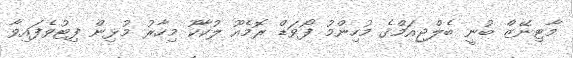
މާޓިނޭޒް ބުނީ ބެލްޖިއަމްގެ މުހިންމު ފޯވަޑް ރޮމެއޫ ލުކާކޫ މިހާރު މުޅިން ފިޓުވެފައިވާ